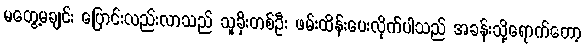
မတွေ့မချင်း ပြောင်းလည်းလာသည် သူခိုးတစ်ဦး ဖမ်းထိန်းပေးလိုက်ပါသည် အခန်းသို့ရောက်တော့